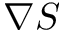
\nabla { S }